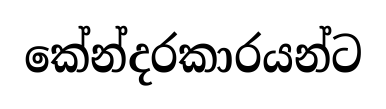
කේන්දරකාරයන්ට